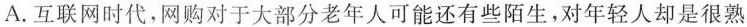
A.互联网时代，网购对于大部分老年人可能还有些陌生，对年轻人却是很熟